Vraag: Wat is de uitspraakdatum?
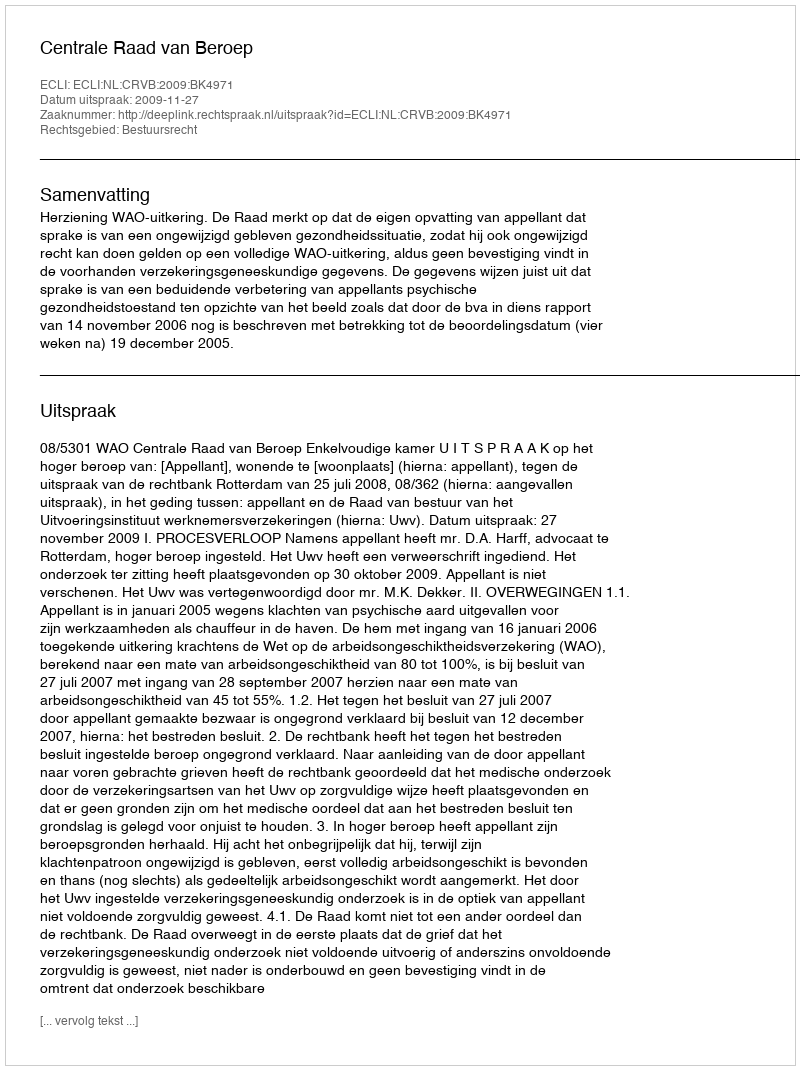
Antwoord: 2009-11-27